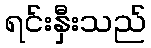
ရင်းနှီးသည်